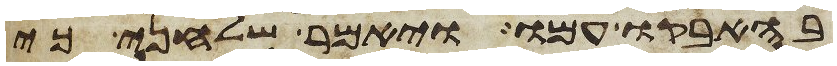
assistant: בהאבקו עמו ויאמר שלחני כי